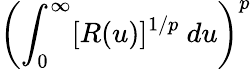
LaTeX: \left(\int_{0}^{\infty}[R(u)]^{1/p}~du\right)^{p}